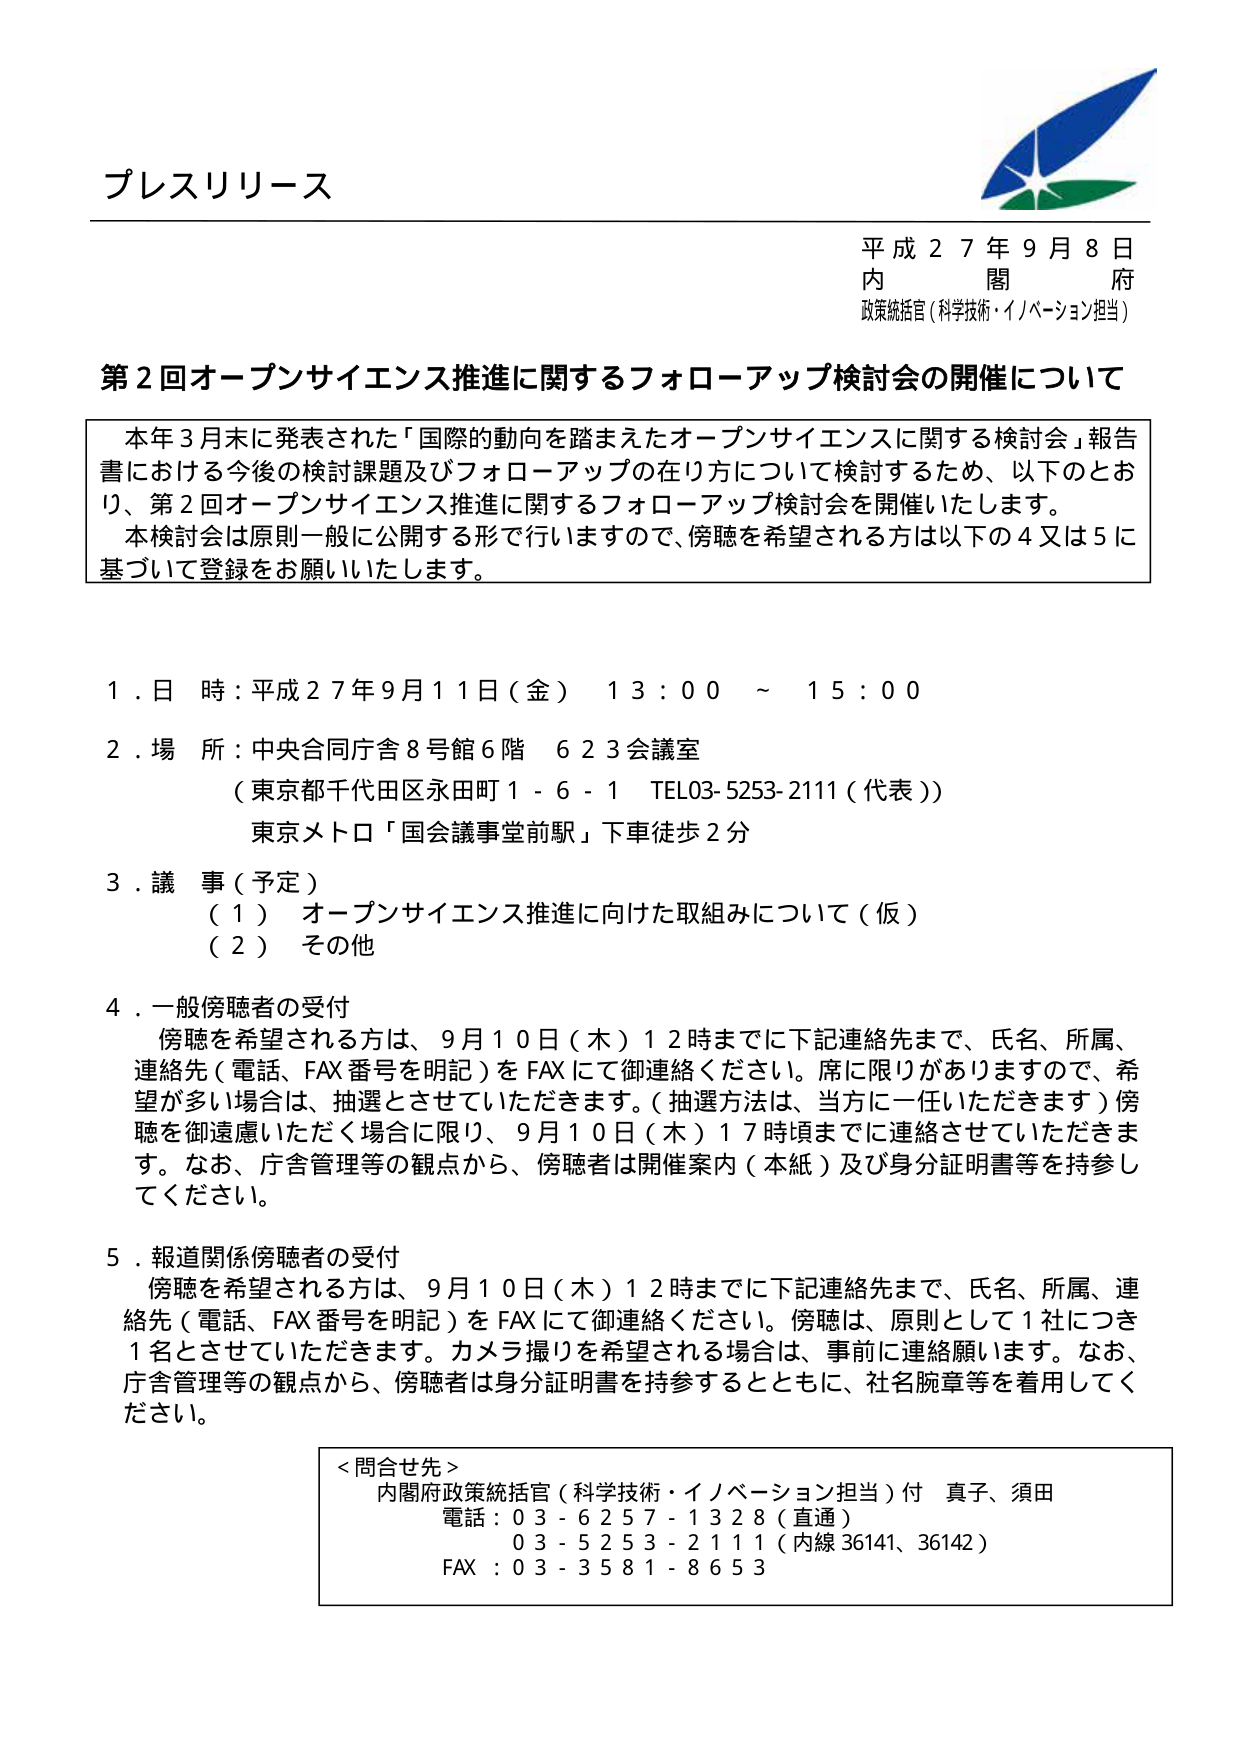
プレスリリース

平成２７年９月８日
内 閣 府
政策統括官（科学技術・イノベーション担当）

第２回オープンサイエンス推進に関するフォローアップ検討会の開催について

本年３月末に発表された「国際的動向を踏まえたオープンサイエンスに関する検討会」報告書における今後の検討課題及びフォローアップの在り方について検討するため、以下のとおり、第２回オープンサイエンス推進に関するフォローアップ検討会を開催いたします。
本検討会は原則一般に公開する形で行いますので、傍聴を希望される方は以下の４又は５に基づいて登録をお願いいたします。

１．日 時：平成２７年９月１１日（金） １３：００ ～ １５：００
２．場 所：中央合同庁舎８号館６階 ６２３会議室
（東京都千代田区永田町１－６－１ TEL03-5253-2111（代表））
東京メトロ「国会議事堂前駅」下車徒歩２分

３．議 事（予定）
（１）オープンサイエンス推進に向けた取組みについて（仮）
（２）その他

４．一般傍聴者の受付
傍聴を希望される方は、９月１０日（木）１２時までに下記連絡先まで、氏名、所属、連絡先（電話、FAX番号を明記）をFAXにて御連絡ください。席に限りがありますので、希望が多い場合は、抽選とさせていただきます。（抽選方法は、当方に一任いただきます）傍聴を御遠慮いただく場合に限り、９月１０日（木）１７時頃までに連絡させていただきます。なお、庁舎管理等の観点から、傍聴者は開催案内（本紙）及び身分証明書等を持参してください。

５．報道関係傍聴者の受付
傍聴を希望される方は、９月１０日（木）１２時までに下記連絡先まで、氏名、所属、連絡先（電話、FAX番号を明記）をFAXにて御連絡ください。傍聴は、原則として１社につき１名とさせていただきます。カメラ撮りを希望される場合は、事前に連絡願います。なお、庁舎管理等の観点から、傍聴者は身分証明書を持参するとともに、社名腕章等を着用してください。

＜問合せ先＞
内閣府政策統括官（科学技術・イノベーション担当）付 真子、須田
電話：０３－６２５７－１３２８（直通）
　　　０３－５２５３－２１１１（内線 36141、36142）
FAX ：０３－３５８１－８６５３